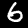
Digit: 6